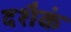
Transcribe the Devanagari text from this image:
दशैकं